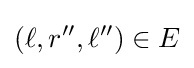
(\ell ,r'',\ell '')\in E